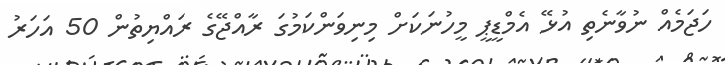
ހަޖަމެއް ނުވާނެތި އުޅޭ އެމްޑީޕީ މީހުނަކަށް މިނިވަންކަމުގަ ރާއްޖޭގެ ރައްޔިތުން 50 އަހަރު